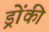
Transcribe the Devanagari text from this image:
ड्रोंकी